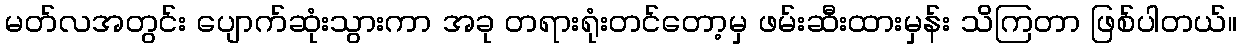
မတ်လအတွင်း ပျောက်ဆုံးသွားကာ အခု တရားရုံးတင်တော့မှ ဖမ်းဆီးထားမှန်း သိကြတာ ဖြစ်ပါတယ်။